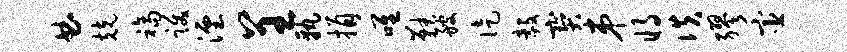
曲兢福跋湮呈孰捐唯鞅艘徒毅宝弟将佚缪宦